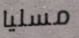
مسليا